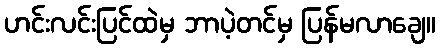
ဟင်းလင်းပြင်ထဲမှ ဘာပဲ့တင်မှ ပြန်မလာချေ။